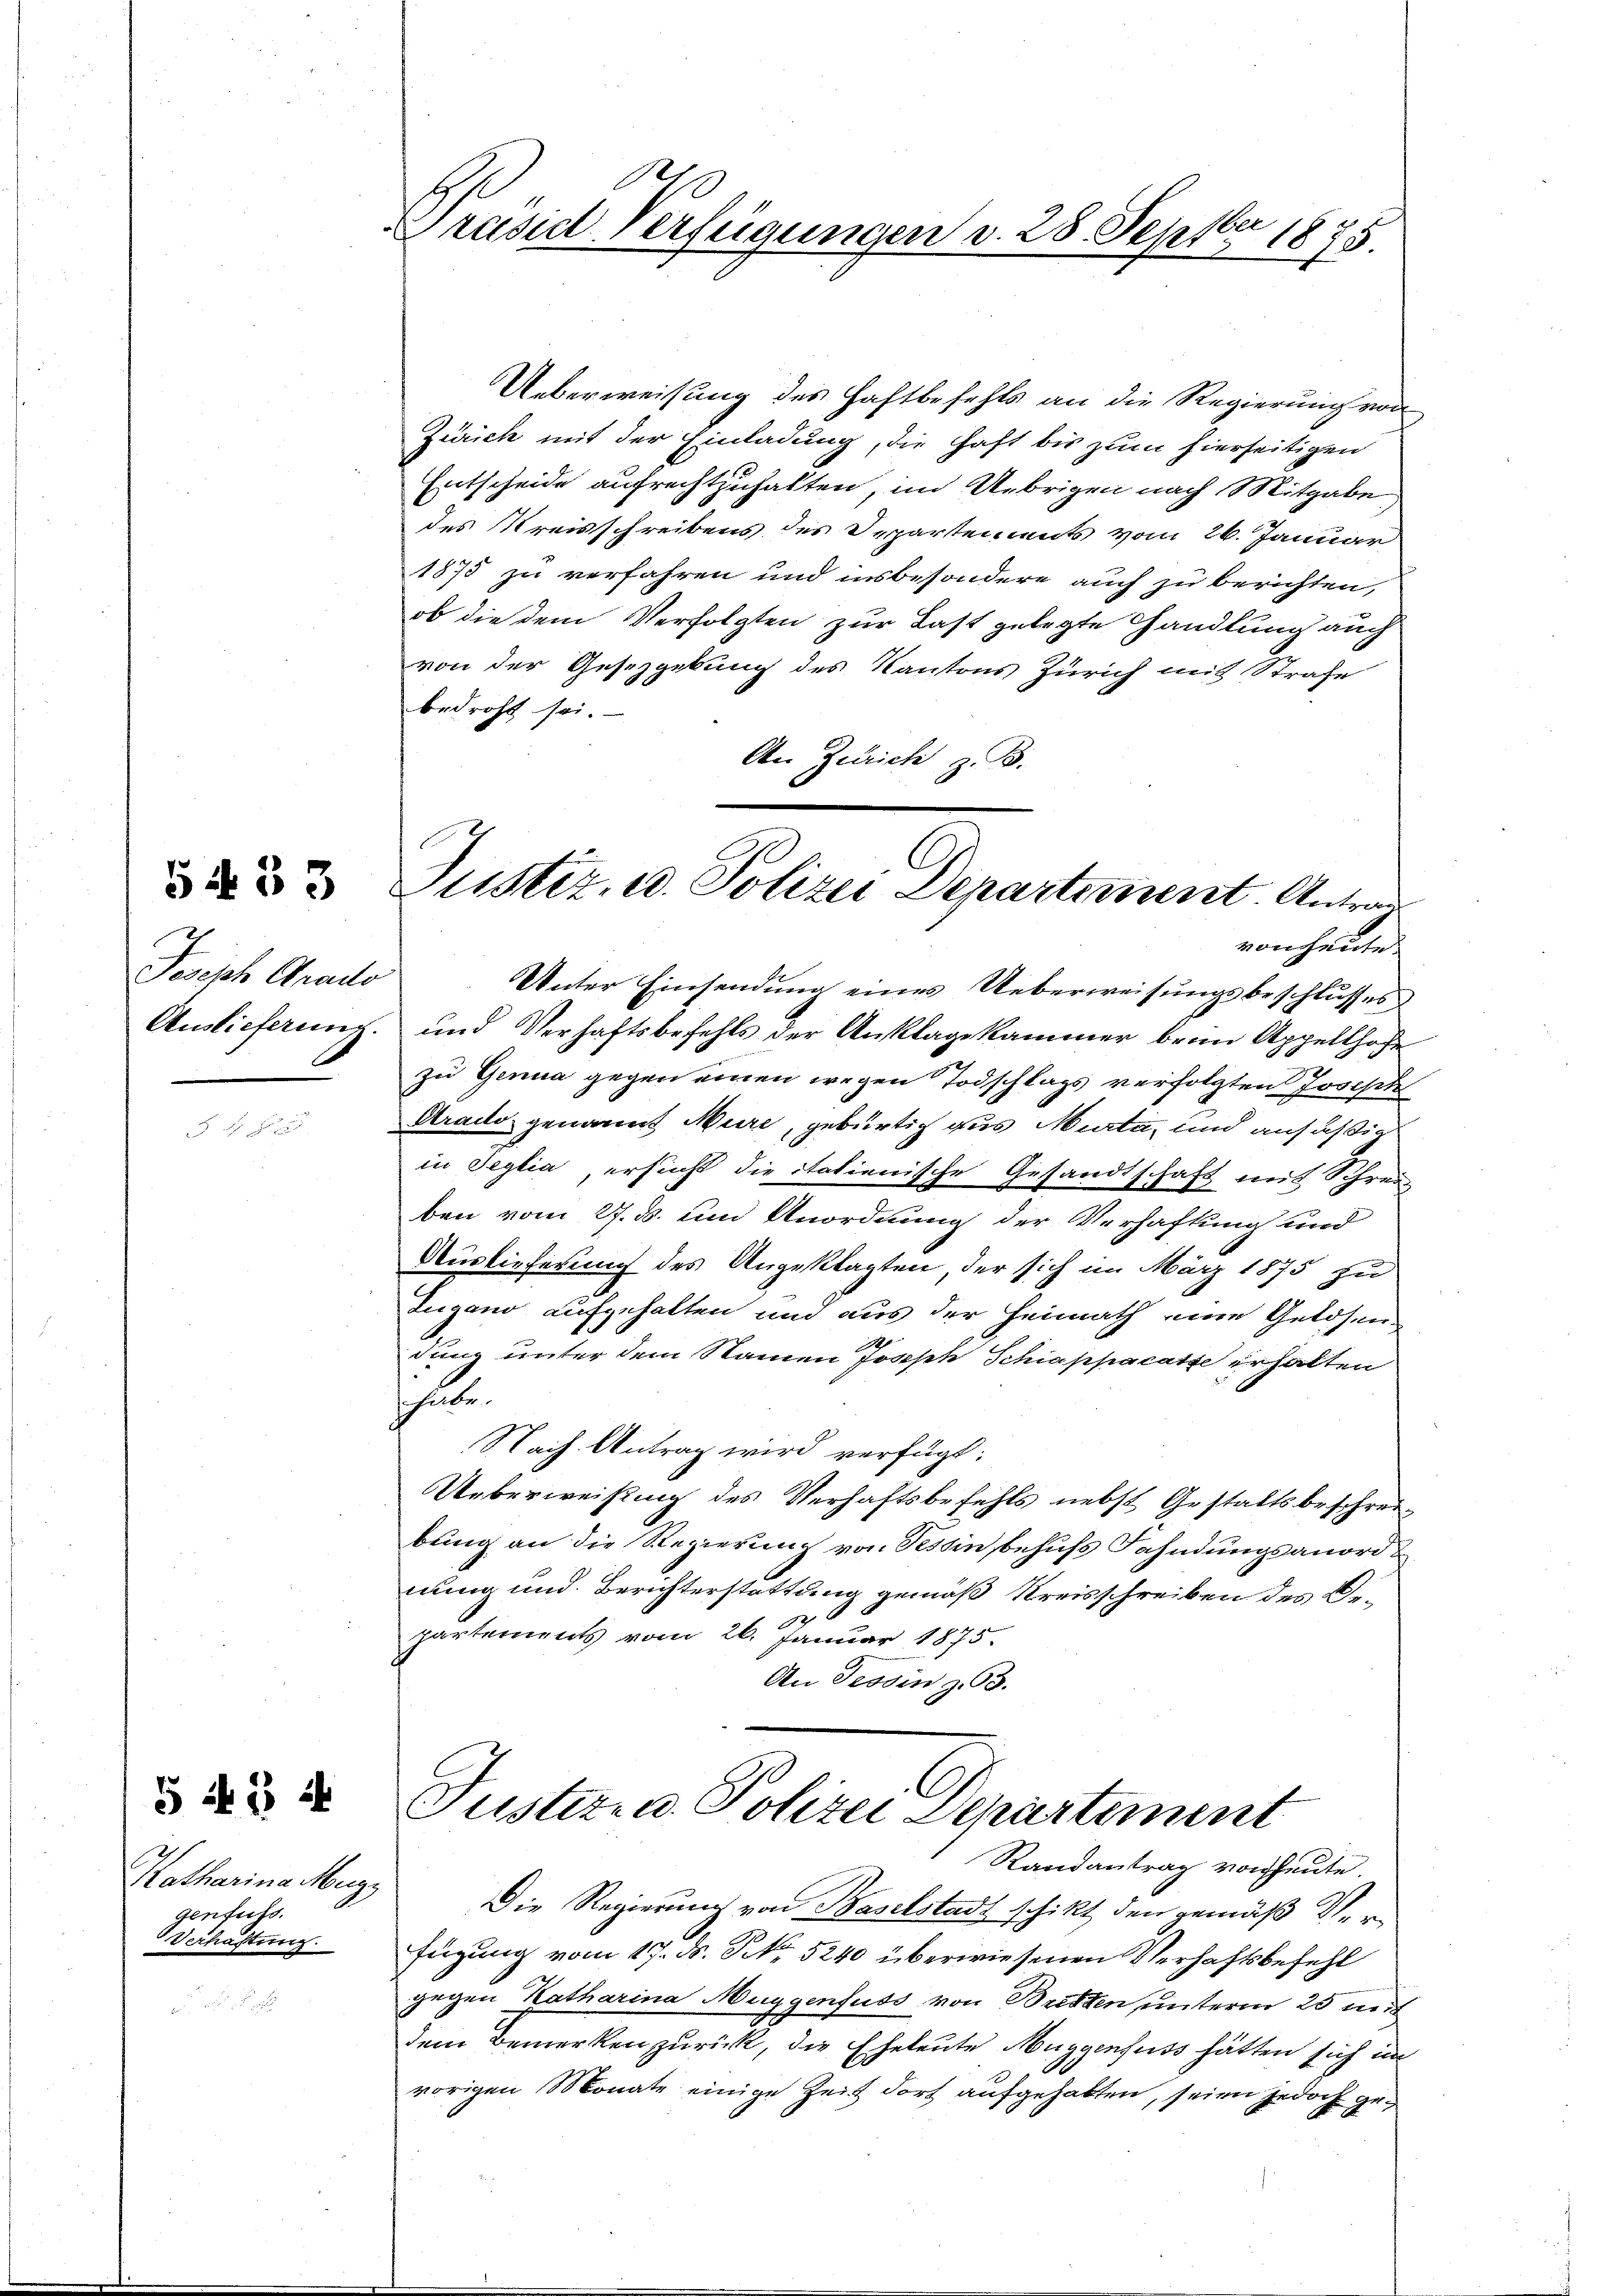
Joseph Grade
Auslieferung.

5433

Katharina Muzz
genfuss.
Verhaftung

5 N. 3 f

Präsiderfügungen d. 28. Septbr 1875

Justiz- u. Polizei Departement. Antrag
von heute.

Ueberweisung des Haftbefehls an die Regierung von
Zürich mit der Einladung, die Haft bis zum hierseitigen
Entscheide aufrechtzuhalten, im Uebrigen nach Mitgabe
des Kreisschreibens des Departements vom 26. Januar
1875 zu verfahren und insbesondere auch zu berichten,
ob die dem Verfolgten zur Last gelegte Handlung auch
von der Gesetzgebung des Kantons Zürich mit Strafe
bedroht sei.
An Zürich z. B.
Unter Einsendung eines Ueberweisungsbeschlusses
und Verhaftsbefehls der Anklage kammer beim Appellhofe
zu Genua gegen einen wegen Todschlags verfolgten Joseph
Arado genannt Muri, gebürtig aus Mita, und ansäßig
in Seglia, ersucht die datienische Gesandtschaft mit Schrei-
ben vom 27. ds. und Unordnung der Verhaftung und
Auslieferung des Angeklagten der sich im März 1875 zu
Lugano aufgehalten und aus der Heimath eine Gelösen
dung unter dem Namen Joseph Schiappacasse erhalten
l
Nach Antrag wird verfügt:
Ueberweisung des Verhaftsbefehls nebst Gestaltsbeschreibung an die Regierung von Tessin, behufs Fahndungsanordnung und Berichterstattung gemäß Kreisschreiben des De¬
1
partements vom 26. Januar 1875.
An Tessin z. 63.
Justiz- u. Polizei Departement
Randantrag von heute.
Die Regierung von Baselstadt schikt den gemäß Verfügung vom 17. ds. No. 5240 überwiesenen Verhaftsbefehl
gegen Katharina Muggenfuss von Bristen unterm 25 mit
dem Bemerken zurück, die Eheleute Muggenfuss hätten sich im
vorigen Monate einige Zeit dort aufgehalten, seien jedoch ge¬